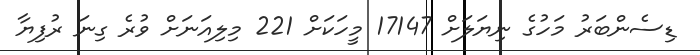
ޑިސެންބަރު މަހުގެ ނިޔަލަށް 17147 މީހަކަށް 221 މިލިއަނަށް ވުރެ ގިނަ ރުފިޔާ